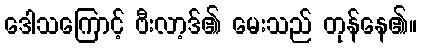
ဒေါသကြောင့် ဗီးလာ့ဒ်၏ မေးသည် တုန်နေ၏။